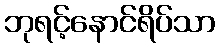
ဘုရင့်နောင်ရိပ်သာ